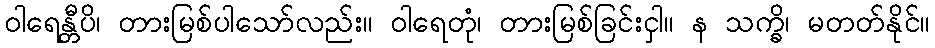
ဝါရေန္တီပိ၊ တားမြစ်ပါသော်လည်း။ ဝါရေတုံ၊ တားမြစ်ခြင်းငှါ။ န သက္ခိ၊ မတတ်နိုင်။